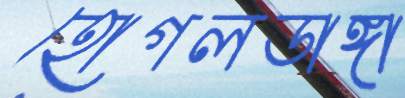
হোগলডাঙ্গা